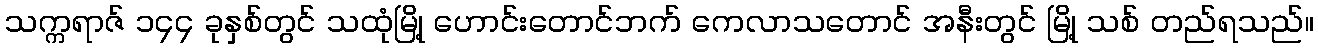
သက္ကရာဇ် ၁၄၄ ခုနှစ်တွင် သထုံမြို့ ဟောင်းတောင်ဘက် ကေလာသတောင် အနီးတွင် မြို့ သစ် တည်ရသည်။